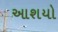
આશયો